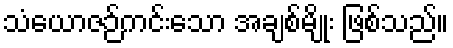
သံယောဇဉ်ကင်းသော အချစ်မျိုး ဖြစ်သည်။